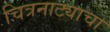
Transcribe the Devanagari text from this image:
चित्रनाट्याचा